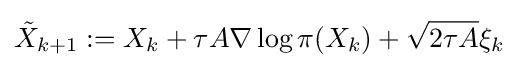
{\tilde {X}}_{k+1}:=X_{k}+\tau A\nabla \log \pi (X_{k})+{\sqrt {2\tau A}}\xi _{k}